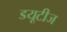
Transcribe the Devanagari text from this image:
डयूटीज